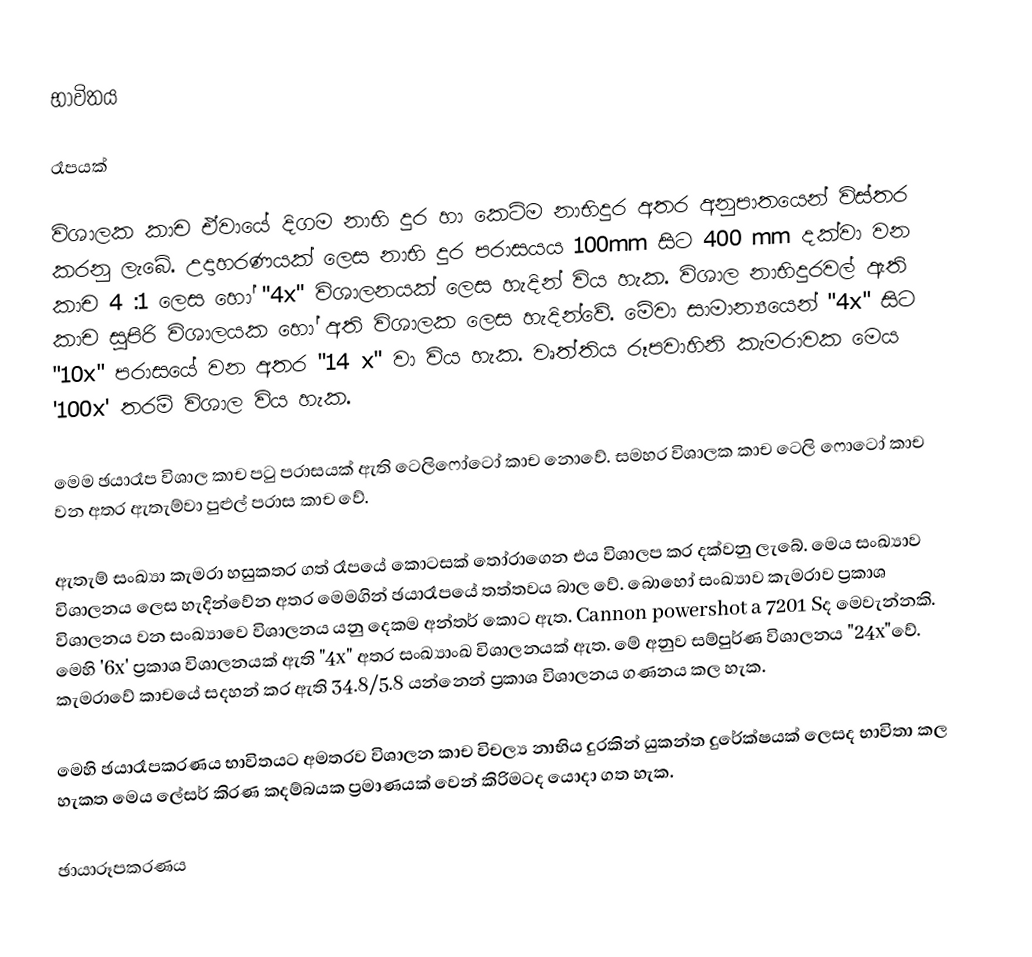
භාවිතය

රෑපයක්

විශාලක කාච ඒවායේ දිගම නාභි දුර හා කෙටිම නාභිදුර අතර අනුපාතයෙන් විස්තර කරනු ලැබේ. උදාහරණයක් ලෙස නාභි දුර පරාසයය  100mm සිට 400 mm දක්වා වන කාච  4 :1 ලෙස හෝ "4x" විශාලනයක් ලෙස හැදින් විය හැක. විශාල නාභිදුරවල් ඇති කාච සුපිරි විශාලයක හෝ අති විශාලක ලෙස හැදින්වේ. මේවා සාමාන්‍යයෙන් "4x" සිට "10x" පරාසයේ වන අතර "14 x" වා විය හැක. වෘත්තිය රූපවාහිනි කැමරාවක මෙය '100x' තරම් විශාල විය හැක.

මෙම ඡයාරෑප විශාල කාච පටු පරාසයක් ඇති ටෙලිෆෝටෝ කාච නොවේ. සමහර විශාලක කාච ටෙලි ෆොටෝ කාච වන අතර ඇතැම්වා පුළුල් පරාස කාච වේ.

ඇතැම් සංඛ්‍යා කැමරා හසුකතර ගත් රෑපයේ කොටසක් තෝරාගෙන එය විශාලප කර දක්වනු ලැබේ. මෙය සංඛ්‍යාව විශාලනය ලෙස හැදින්වේන අතර මෙමගින් ඡයාරෑපයේ තත්තවය බාල වේ. බොහෝ සංඛ්‍යාව කැමරාව ප්‍රකාශ විශාලනය වන සංඛ්‍යාවෙ විශාලනය යනු දෙකම අන්තර් කොට ඇත. Cannon powershot a 7201 Sද මෙවැන්නකි. මෙහි '6x' ප්‍රකාශ විශාලනයක් ඇති "4x" අතර සංඛ්‍යාංඛ විශාලනයක් ඇත. මේ අනුව සම්පුර්ණ විශාලනය "24x"වේ. කැමරාවේ කාචයේ සදහන් කර ඇති 34.8/5.8 යන්නෙන් ප්‍රකාශ විශාලනය ගණනය කල හැක.

මෙහි ඡයාරෑපකරණය භාවිතයට අමතරව විශාලන කාච විචල්‍ය නාභිය දුරකින් යුකන්ත දුරේක්ෂයක් ලෙසද භාවිතා කල හැකත මෙය ලේසර් කිරණ කදම්බයක ප්‍රමාණයක් වෙන් කිරිමටද යොදා ගත හැක.

ඡායාරූපකරණය